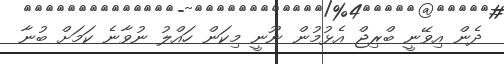
ދެން އިވޭނީ ބްރިޖް އެޅުމުން ނޫނީ މިކަން ހައްލު ނުވާނެ ކަމަށް ބުނާ